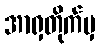
အာရှတိုက်မှ